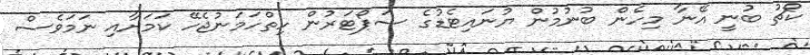
ކޯޗު ބުނީ އޭނާ މިހެން ބުނުމުން ޔުނައިޓެޑުގެ ސަޕޯޓަރުން ހިތްހަމަނުޖެހޭ ކަމަށާއި ނަމަވެސް